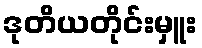
ဒုတိယတိုင်းမှူး